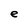
Character: e